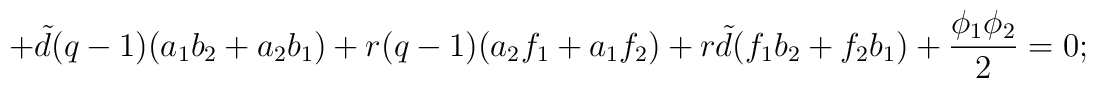
+{\tilde d}(q-1)(a_{1}b_{2}+a_{2}b_{1})+r(q-1)(a_{2}f_{1}+a_{1}f_{2})+ r{\tilde d}(f_{1}b_{2} +f_{2}b_{1})+\frac{\phi_{1}\phi_{2}}{2}=0;